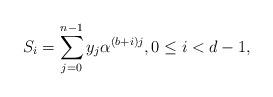
LaTeX: \begin{align*}S_i=\sum_{j=0}^{n-1}y_j\alpha^{(b+i)j}, 0\leq i<d-1,\end{align*}